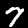
Label: 7